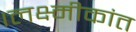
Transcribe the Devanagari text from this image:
।लक्ष्मीकांत